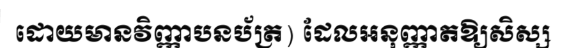
ដោយមានវិញ្ញាបនប័ត្រ) ដែលអនុញ្ញាតឱ្យសិស្ស